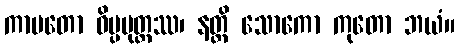
ကာမတော ဝိပ္ပမုတ္တဿ၊ နတ္ထိ သောကော ကုတော ဘယံ။